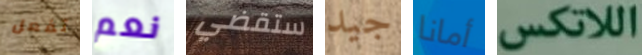
تفعل نعم ستقضي جيد أمانا اللاتكس